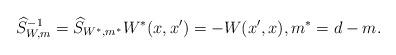
LaTeX: \begin{align*}\widehat{S}_{W,m}^{-1} = \widehat{S}_{W^*,m^*} W^*(x,x') = -W(x',x), m^* = d-m.\end{align*}